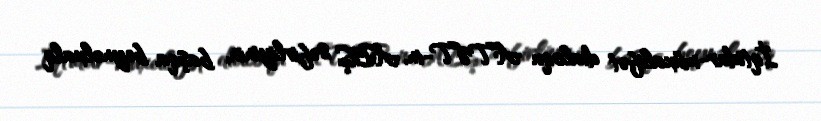
İqtidar-müxalifət dialoqu ATƏT-in, ABŞ səfirliyinin, başqa beynəlxalq